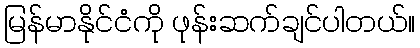
မြန်မာနိုင်ငံကို ဖုန်းဆက်ချင်ပါတယ်။